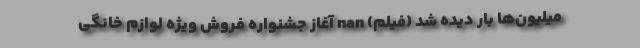
میلیون‌ها بار دیده شد (فیلم) nan آغاز جشنواره فروش ویژه لوازم خانگی